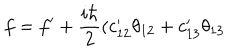
LaTeX: f = f ^ { \prime } + { \frac { i \hbar } { 2 } } ( c _ { 1 2 } ^ { \prime } \theta _ { 1 2 } + c _ { 1 3 } ^ { \prime } \theta _ { 1 3 }